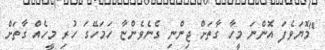
"މޮޔަވެފަ އޮންނަ މީހާ ގާތަށް ޖިންނި ގެނެވެންޏާ ހަމަހޭގަ ހުރި މީހެއް ގާތަށް